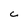
Character: c